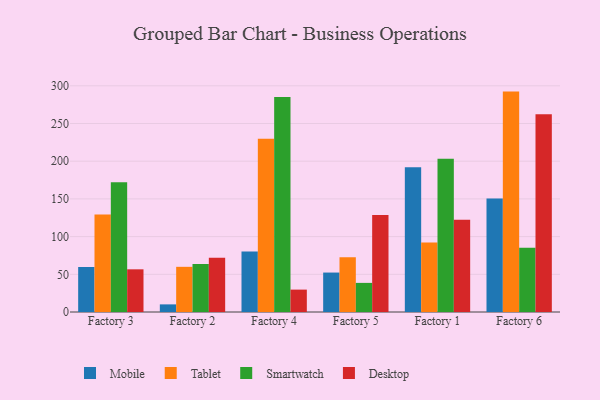
{"axis": {"x": "Factory", "y": "Gross Profit (USD K)"}, "legend": ["Desktop", "Mobile", "Smartwatch", "Tablet"], "data": [{"x": "Factory 3", "y": 59.7, "type": "Mobile"}, {"x": "Factory 3", "y": 129.4, "type": "Tablet"}, {"x": "Factory 3", "y": 172.0, "type": "Smartwatch"}, {"x": "Factory 3", "y": 56.6, "type": "Desktop"}, {"x": "Factory 2", "y": 10.1, "type": "Mobile"}, {"x": "Factory 2", "y": 59.9, "type": "Tablet"}, {"x": "Factory 2", "y": 63.7, "type": "Smartwatch"}, {"x": "Factory 2", "y": 72.0, "type": "Desktop"}, {"x": "Factory 4", "y": 80.1, "type": "Mobile"}, {"x": "Factory 4", "y": 229.9, "type": "Tablet"}, {"x": "Factory 4", "y": 285.0, "type": "Smartwatch"}, {"x": "Factory 4", "y": 29.7, "type": "Desktop"}, {"x": "Factory 5", "y": 52.3, "type": "Mobile"}, {"x": "Factory 5", "y": 72.5, "type": "Tablet"}, {"x": "Factory 5", "y": 38.6, "type": "Smartwatch"}, {"x": "Factory 5", "y": 128.6, "type": "Desktop"}, {"x": "Factory 1", "y": 192.0, "type": "Mobile"}, {"x": "Factory 1", "y": 92.1, "type": "Tablet"}, {"x": "Factory 1", "y": 203.4, "type": "Smartwatch"}, {"x": "Factory 1", "y": 122.2, "type": "Desktop"}, {"x": "Factory 6", "y": 150.6, "type": "Mobile"}, {"x": "Factory 6", "y": 292.3, "type": "Tablet"}, {"x": "Factory 6", "y": 85.3, "type": "Smartwatch"}, {"x": "Factory 6", "y": 262.3, "type": "Desktop"}]}